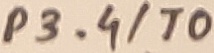
Text: P3.4/T0